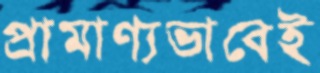
প্রামাণ্যভাবেই